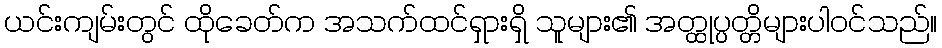
ယင်းကျမ်းတွင် ထိုခေတ်က အသက်ထင်ရှားရှိ သူများ၏ အတ္ထုပ္ပတ္တိများပါဝင်သည်။